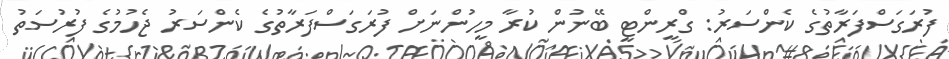
ފުރަގަސްފަރާތުގެ ކެންސަރު: ގްރީންޓީ ބޭނުން ކުރާ މީހުންނަށް ފުރަގަސްފަރާތުގެ ކެންސަރު ޖެހުމުގެ ފުރުސަތު